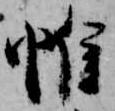
帷